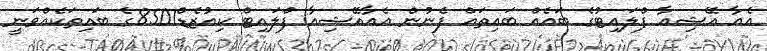
އެއާ އޭޝިއާ ފްލައިޓުގެ ބައެއް ބައިތައް ފެނުން އެއާއޭޝިއާ ފްލައިޓް ކިއުޒެޑް8501ގެ ބައިތަކެއްވަނީ